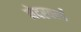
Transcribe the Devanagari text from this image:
नेदरवर्ल्ड